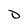
Character: 0